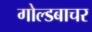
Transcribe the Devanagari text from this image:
गोल्डबाचर